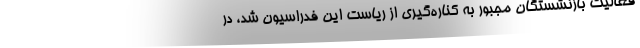
فعالیت بازنشستگان مجبور به کناره‌گیری از ریاست این فدراسیون شد، در